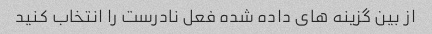
از بین گزینه های داده شده فعل نادرست را انتخاب کنید